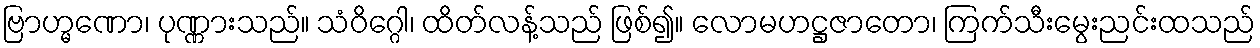
ဗြာဟ္မဏော၊ ပုဏ္ဏားသည်။ သံဝိဂ္ဂေါ၊ ထိတ်လန့်သည် ဖြစ်၍။ လောမဟဋ္ဌဇာတော၊ ကြက်သီးမွေးညင်းထသည်